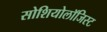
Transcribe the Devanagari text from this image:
सोशियोलॉजिस्ट